NAE_ERA_R-1765_ENSV_Kirjanike_Liit_1945-1955, lk 2
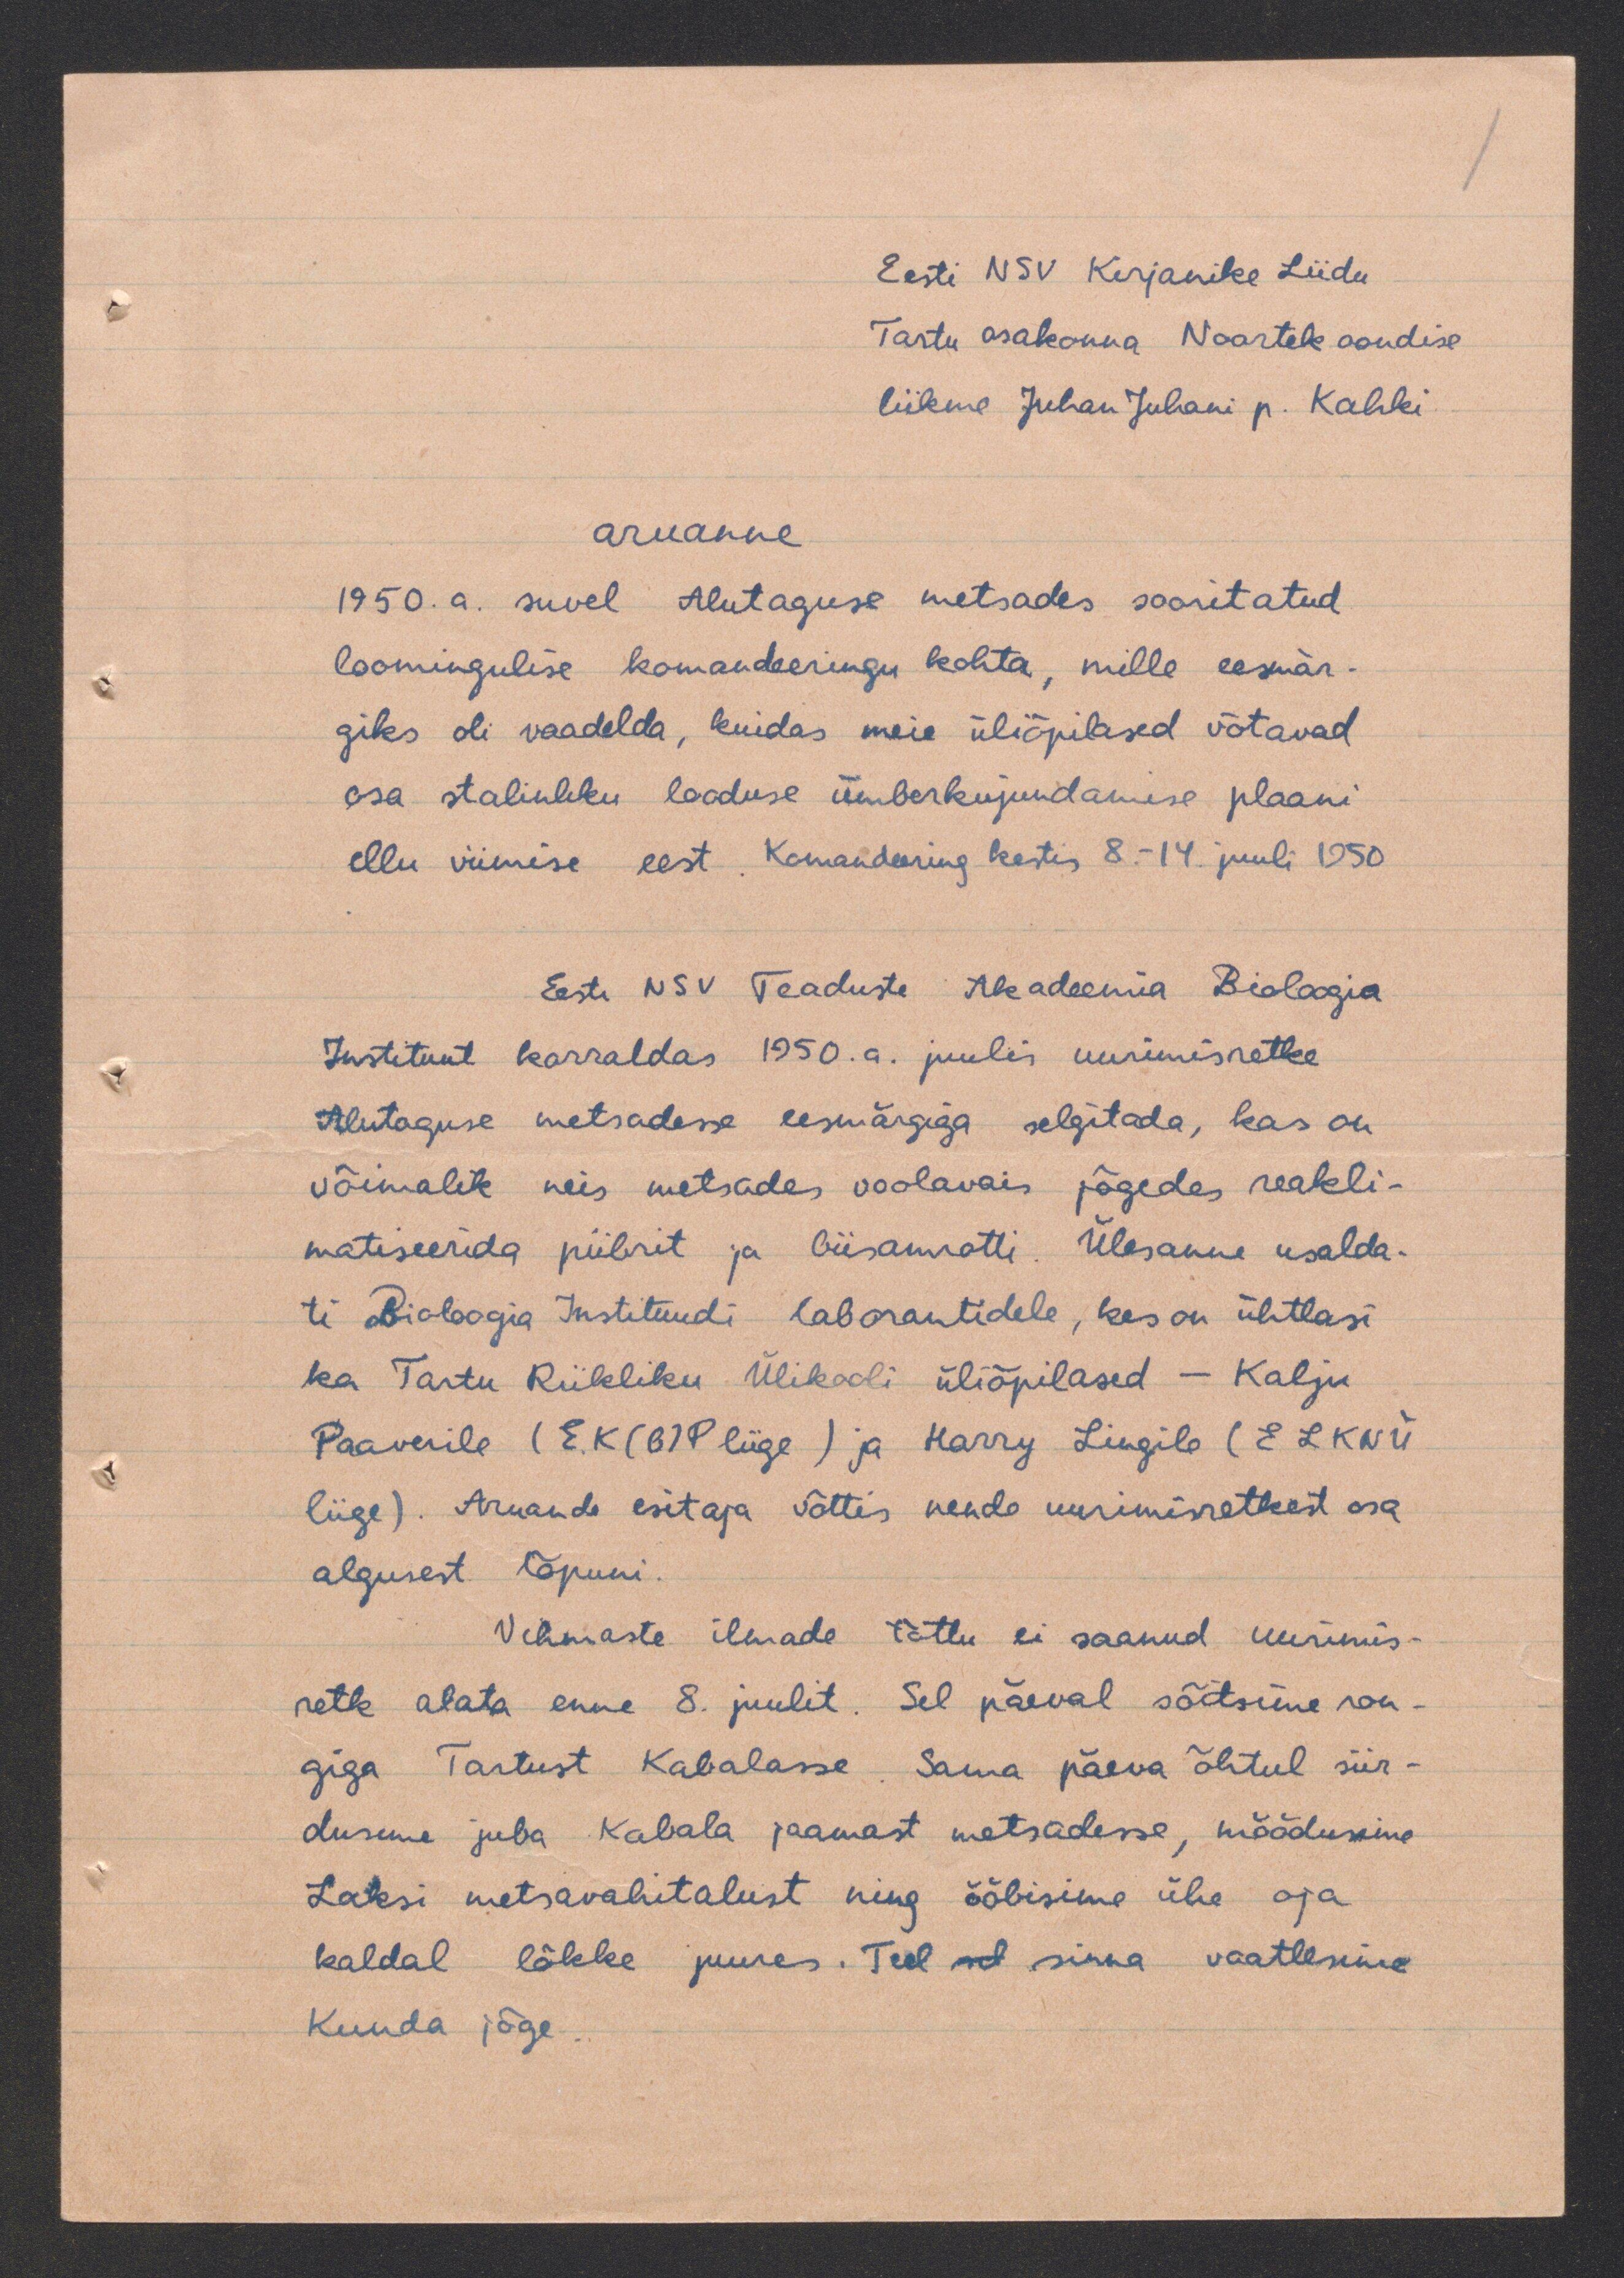
Eesti NSV Kirjanike Liidu
Tartu osakonna Noortekoondise
liikme Juhan Juhani p. Kahki
aruanne
1950.a. suvel Alutaguse metsades sooritatud
loomingulise komandeeringu kohta, mille eesmär-
giks oli vaadelda, kuidas meie üliõpilased võtavad
osa stalinliku looduse ümberkujundamise plaani
ellu viimise eest. Komandeering kestis 8- 14 juuli 1950
Eesti NSV Teaduste Akadeemia Bioloogia
Insituut korraldas 1950.a. juulis uurimisretke
Alutaguse metsadese eesmärgiga selgitada, kas on
võimalik neis metsades voolavais jõgedes reakli-
matiseerida piibrit ja biisamatti. Ülesanne usalda-
ti Bioloogia Instituudi laborantidele, kes on ühtlasi
ka Tartu Riikliku Ülikooli üliõpilased - Kalju
Paaverile (E.K(B)P liige) ja Harry Lingile (ELKNÜ
liige). Aruande esitaja võttis nende uurimisretkest osa
algusest lõpuni.
Vihmaste ilmade tõttu ei saanud uurimis
retke alata enne 8. juulit. Sel päeval sõitsime ron-
giga Tartust Kabalasse. Sama päeva õhtul siir-
dusime juba Kabala jaamast metsadesse, möödusime
Laksi metsavahitalust ning ööbisime ühe aja
kaldal lõkke juures. Teel sel sinna vaatlesime
Kuuda jõge